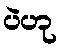
ပဲဟု